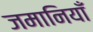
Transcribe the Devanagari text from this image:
जमानियाँ